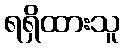
ရရှိထားသူ